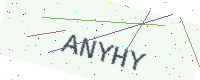
Text: ANYHY